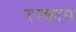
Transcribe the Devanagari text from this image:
रस्काम